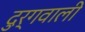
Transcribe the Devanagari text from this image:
दुर्गवाली